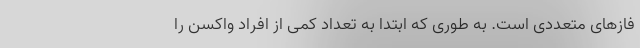
فازهای متعددی است. به طوری که ابتدا به تعداد کمی از افراد واکسن را